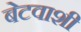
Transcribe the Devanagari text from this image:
बेटवाशी